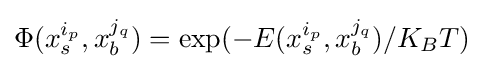
\Phi (x_{s}^{i_{p}},x_{b}^{j_{q}})=\exp(-E(x_{s}^{i_{p}},x_{b}^{j_{q}})/K_{B}T)